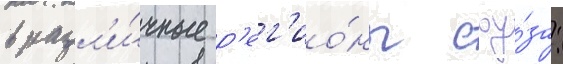
в разл'и́чные р'ег'ио́ны соу́за: